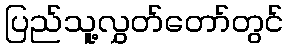
ပြည်သူ့လွှတ်တော်တွင်